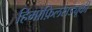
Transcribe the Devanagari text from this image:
हिमोफ़िलसड्यूकी